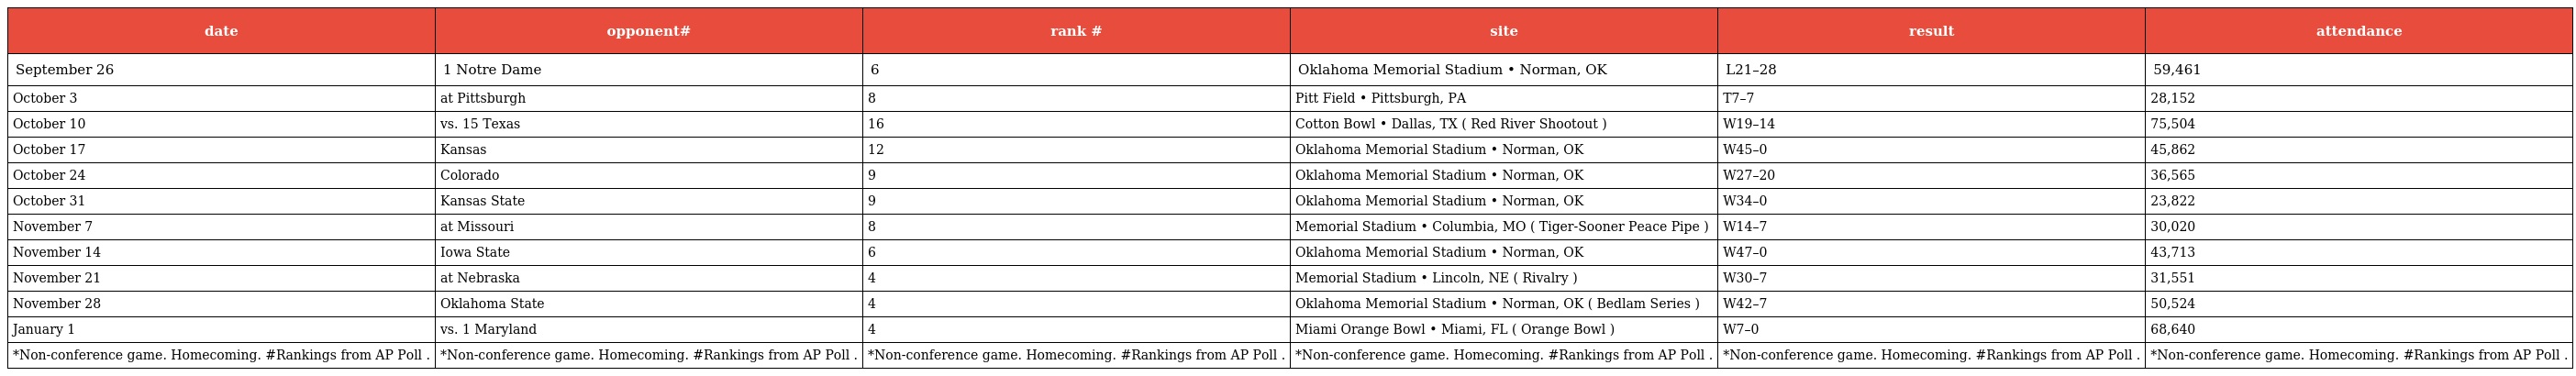
| date | opponent# | rank # | site | result | attendance |
 | --- | --- | --- | --- | --- | --- |
 | September 26 | 1 Notre Dame | 6 | Oklahoma Memorial Stadium • Norman, OK | L21–28 | 59,461 |
 | October 3 | at Pittsburgh | 8 | Pitt Field • Pittsburgh, PA | T7–7 | 28,152 |
 | October 10 | vs. 15 Texas | 16 | Cotton Bowl • Dallas, TX ( Red River Shootout ) | W19–14 | 75,504 |
 | October 17 | Kansas | 12 | Oklahoma Memorial Stadium • Norman, OK | W45–0 | 45,862 |
 | October 24 | Colorado | 9 | Oklahoma Memorial Stadium • Norman, OK | W27–20 | 36,565 |
 | October 31 | Kansas State | 9 | Oklahoma Memorial Stadium • Norman, OK | W34–0 | 23,822 |
 | November 7 | at Missouri | 8 | Memorial Stadium • Columbia, MO ( Tiger-Sooner Peace Pipe ) | W14–7 | 30,020 |
 | November 14 | Iowa State | 6 | Oklahoma Memorial Stadium • Norman, OK | W47–0 | 43,713 |
 | November 21 | at Nebraska | 4 | Memorial Stadium • Lincoln, NE ( Rivalry ) | W30–7 | 31,551 |
 | November 28 | Oklahoma State | 4 | Oklahoma Memorial Stadium • Norman, OK ( Bedlam Series ) | W42–7 | 50,524 |
 | January 1 | vs. 1 Maryland | 4 | Miami Orange Bowl • Miami, FL ( Orange Bowl ) | W7–0 | 68,640 |
 | *Non-conference game. Homecoming. #Rankings from AP Poll . | *Non-conference game. Homecoming. #Rankings from AP Poll . | *Non-conference game. Homecoming. #Rankings from AP Poll . | *Non-conference game. Homecoming. #Rankings from AP Poll . | *Non-conference game. Homecoming. #Rankings from AP Poll . | *Non-conference game. Homecoming. #Rankings from AP Poll . |